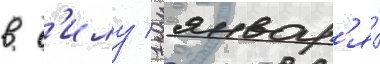
в с'илу 1 январ'я́